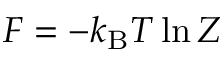
F = - k _ { \mathrm { B } } T \ln Z